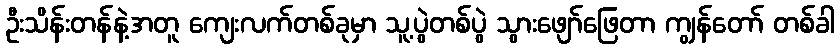
ဦးသိန်းတန်နဲ့အတူ ကျေးလက်တစ်ခုမှာ သူ့ပွဲတစ်ပွဲ သွားဖျော်ဖြေတာ ကျွန်တော် တစ်ခါ